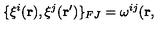
\{ \xi ^ { i } ( { \bf r } ) , \xi ^ { j } ( { \bf r ^ { \prime } } ) \} _ { F J } = \omega ^ { i j } ( { \bf r } ,